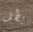
بطل